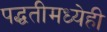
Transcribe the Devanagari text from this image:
पद्धतीमध्येही